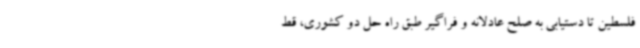
فلسطین تا دستیابی به صلح عادلانه و فراگیر طبق راه حل دو کشوری، قط